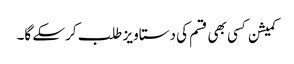
کمیشن کسی بھی قسم کی دستاویز طلب کرسکے گا۔